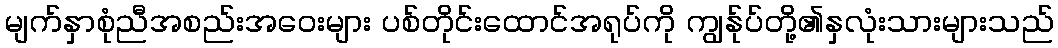
မျက်နှာစုံညီအစည်းအဝေးများ ပစ်တိုင်းထောင်အရုပ်ကို ကျွန်ုပ်တို့၏နှလုံးသားများသည်